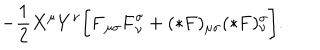
- \frac 1 2 X ^ { \mu } Y ^ { \nu } \biggl [ { \bf F } _ { \mu \sigma } { \bf F } _ { \nu } ^ { \sigma } + ( * { \bf F } ) _ { \mu \sigma } ( * { \bf F } ) _ { \nu } ^ { \sigma } \biggr ] .